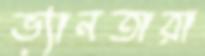
ভ্যানতারা